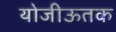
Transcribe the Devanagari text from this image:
योजीऊतक